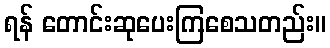
ရန် တောင်းဆုပေးကြစေသတည်း။